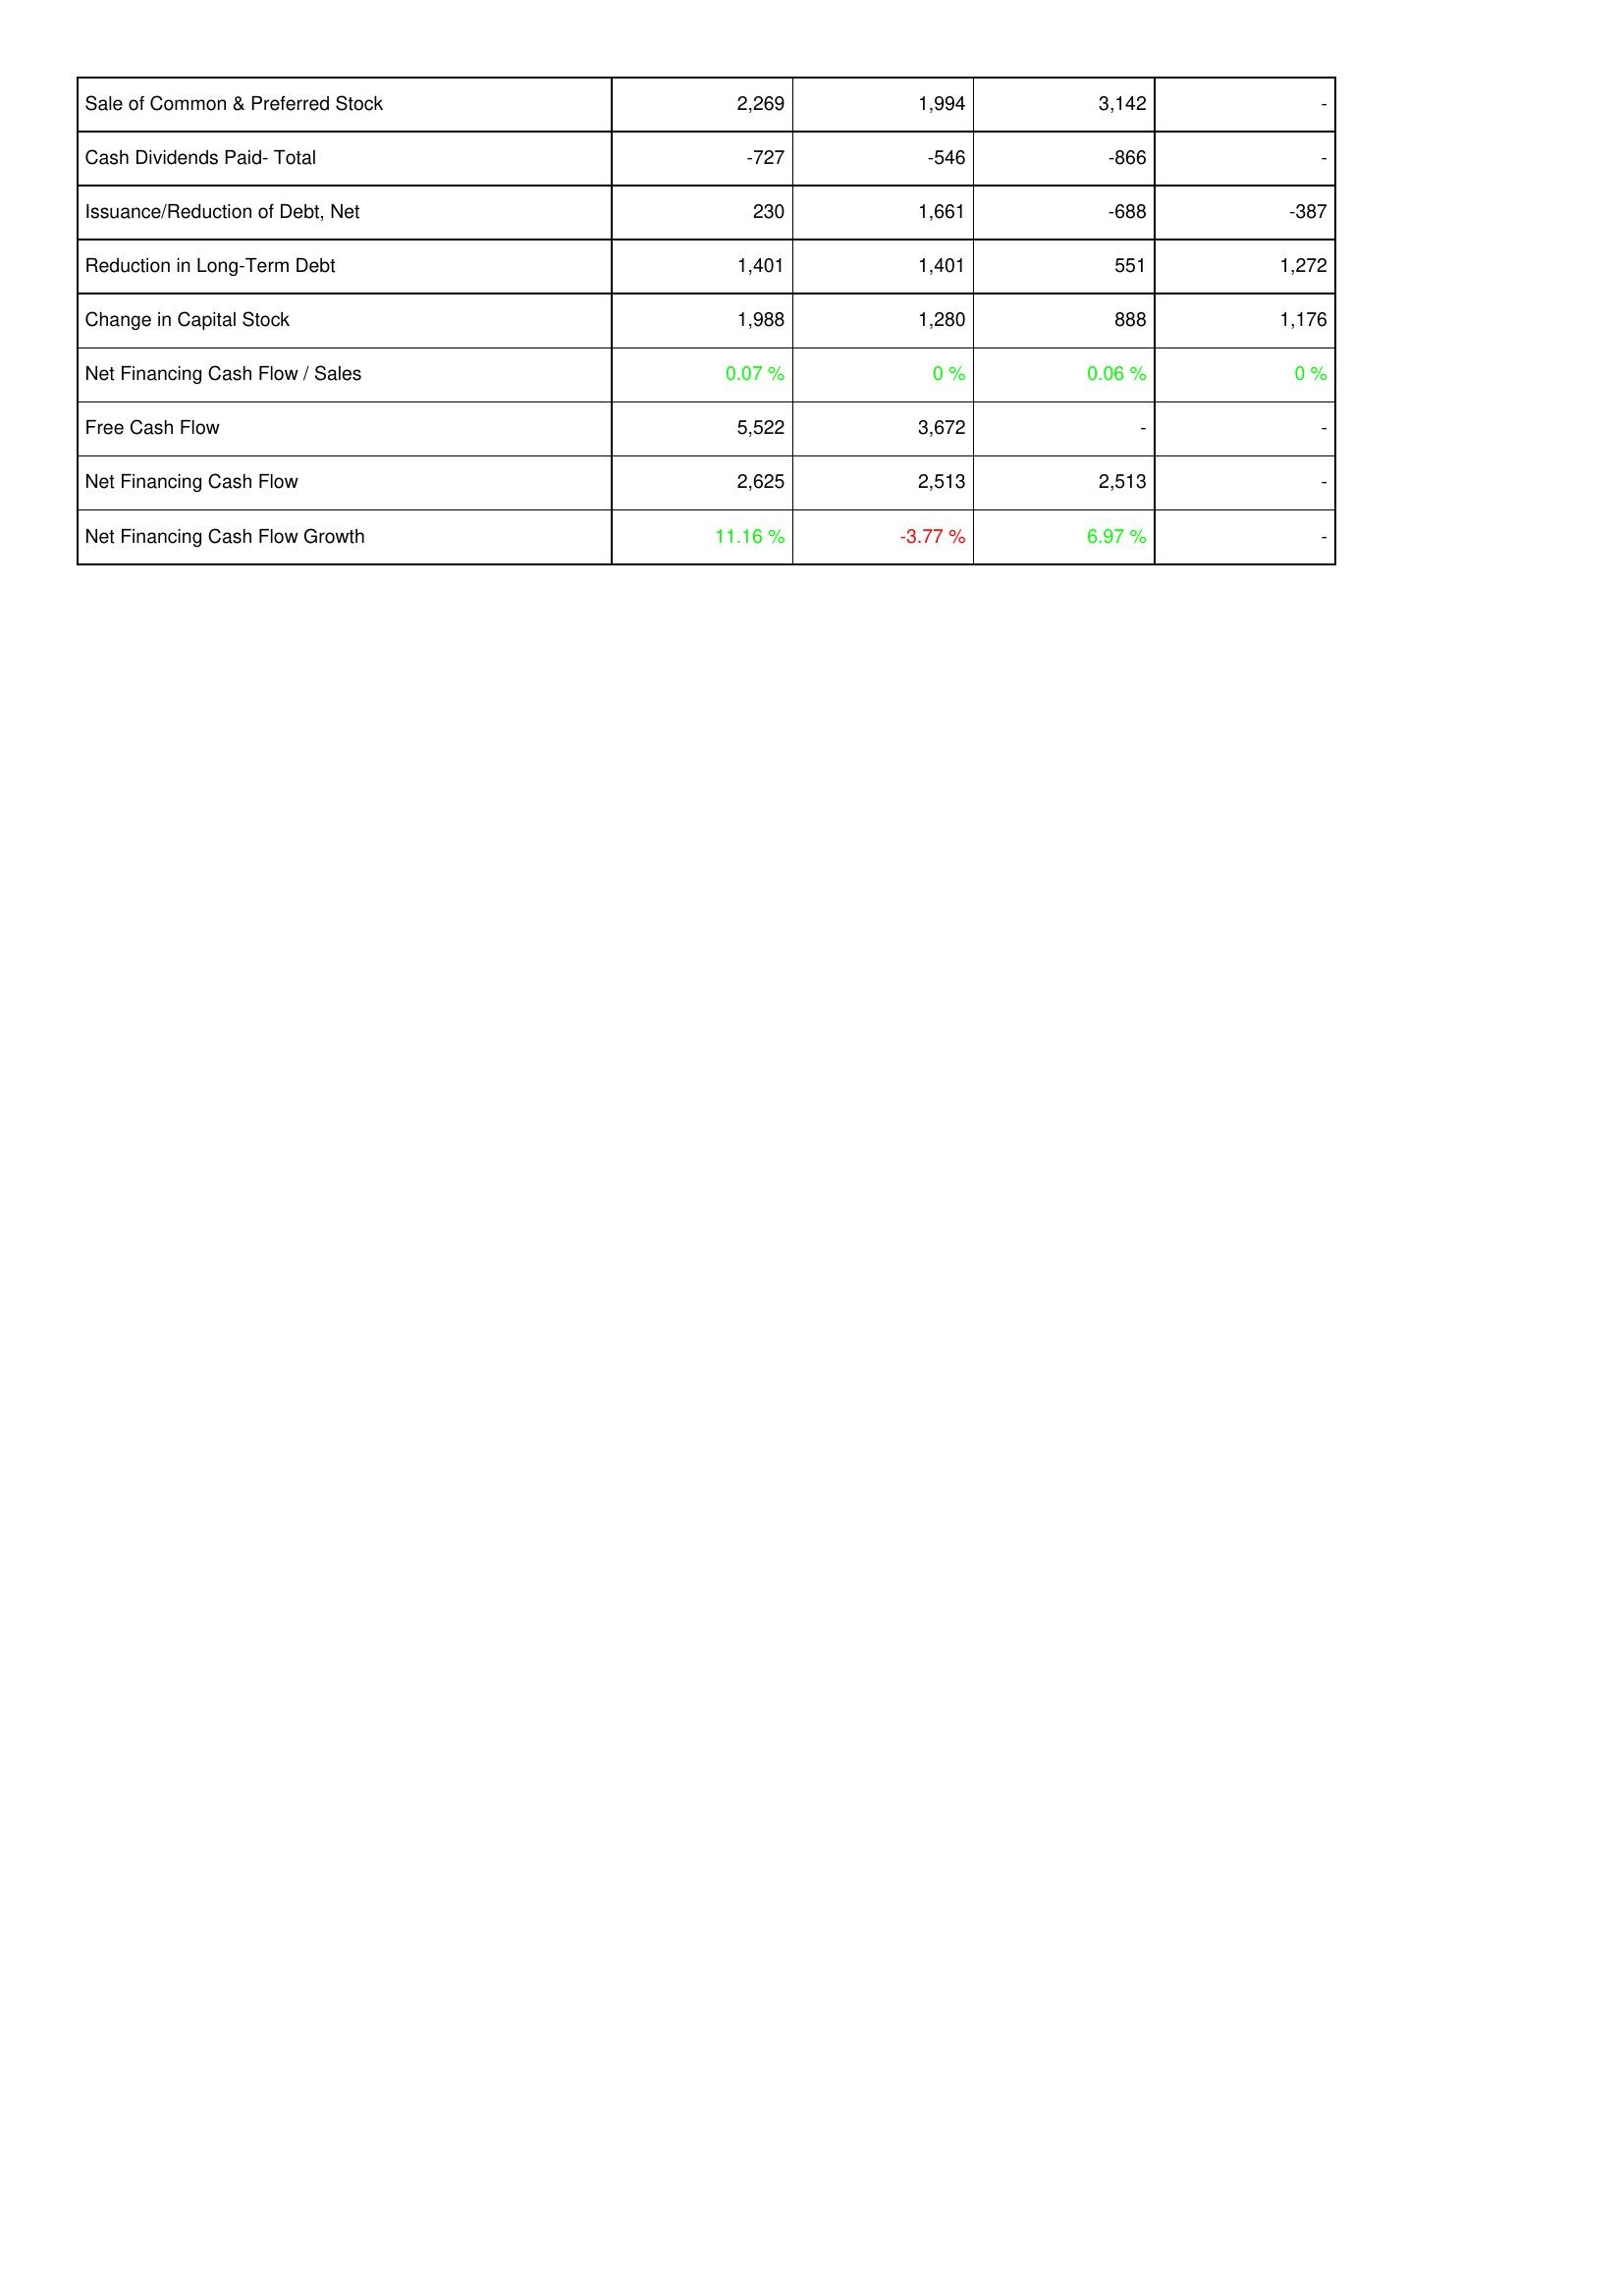
2018: Financing Activities: Sale of Common & Preferred Stock: 2,269
Cash Dividends Paid- Total: -727
Issuance/Reduction of Debt, Net: 230
Reduction in Long-Term Debt: 1,401
Change in Capital Stock: 1,988
Net Financing Cash Flow / Sales: 0.07 %
Free Cash Flow: 5,522
Net Financing Cash Flow: 2,625
Net Financing Cash Flow Growth: 11.16 %
2017: Financing Activities: Sale of Common & Preferred Stock: 1,994
Cash Dividends Paid- Total: -546
Issuance/Reduction of Debt, Net: 1,661
Reduction in Long-Term Debt: 1,401
Change in Capital Stock: 1,280
Net Financing Cash Flow / Sales: 0 %
Free Cash Flow: 3,672
Net Financing Cash Flow: 2,513
Net Financing Cash Flow Growth: -3.77 %
2016: Financing Activities: Sale of Common & Preferred Stock: 3,142
Cash Dividends Paid- Total: -866
Issuance/Reduction of Debt, Net: -688
Reduction in Long-Term Debt: 551
Change in Capital Stock: 888
Net Financing Cash Flow / Sales: 0.06 %
Free Cash Flow: -
Net Financing Cash Flow: 2,513
Net Financing Cash Flow Growth: 6.97 %
2015: Financing Activities: Sale of Common & Preferred Stock: -
Cash Dividends Paid- Total: -
Issuance/Reduction of Debt, Net: -387
Reduction in Long-Term Debt: 1,272
Change in Capital Stock: 1,176
Net Financing Cash Flow / Sales: 0 %
Free Cash Flow: -
Net Financing Cash Flow: -
Net Financing Cash Flow Growth: -